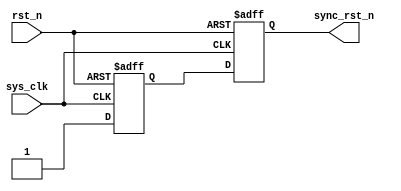
// synchronous system reset generate
// in order to eliminate meta-stability
module sync_rst_gen(
    input       sys_clk,
    input       rst_n,
    output reg  sync_rst_n
);

    reg sync_rst_n1;

    always @(posedge sys_clk or negedge rst_n) begin
        if (!rst_n)
            sync_rst_n1 <= 1'b0;
        else
            sync_rst_n1 <= 1'b1;
    end

    always @(posedge sys_clk or negedge rst_n) begin
        if (!rst_n)
            sync_rst_n <= 1'b0;
        else
            sync_rst_n <= sync_rst_n1;
    end

endmodule